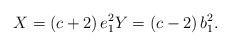
LaTeX: \begin{align*}X=\left( c+2\right) e_{1}^{2}Y=\left( c-2\right)b_{1}^{2}.\end{align*}